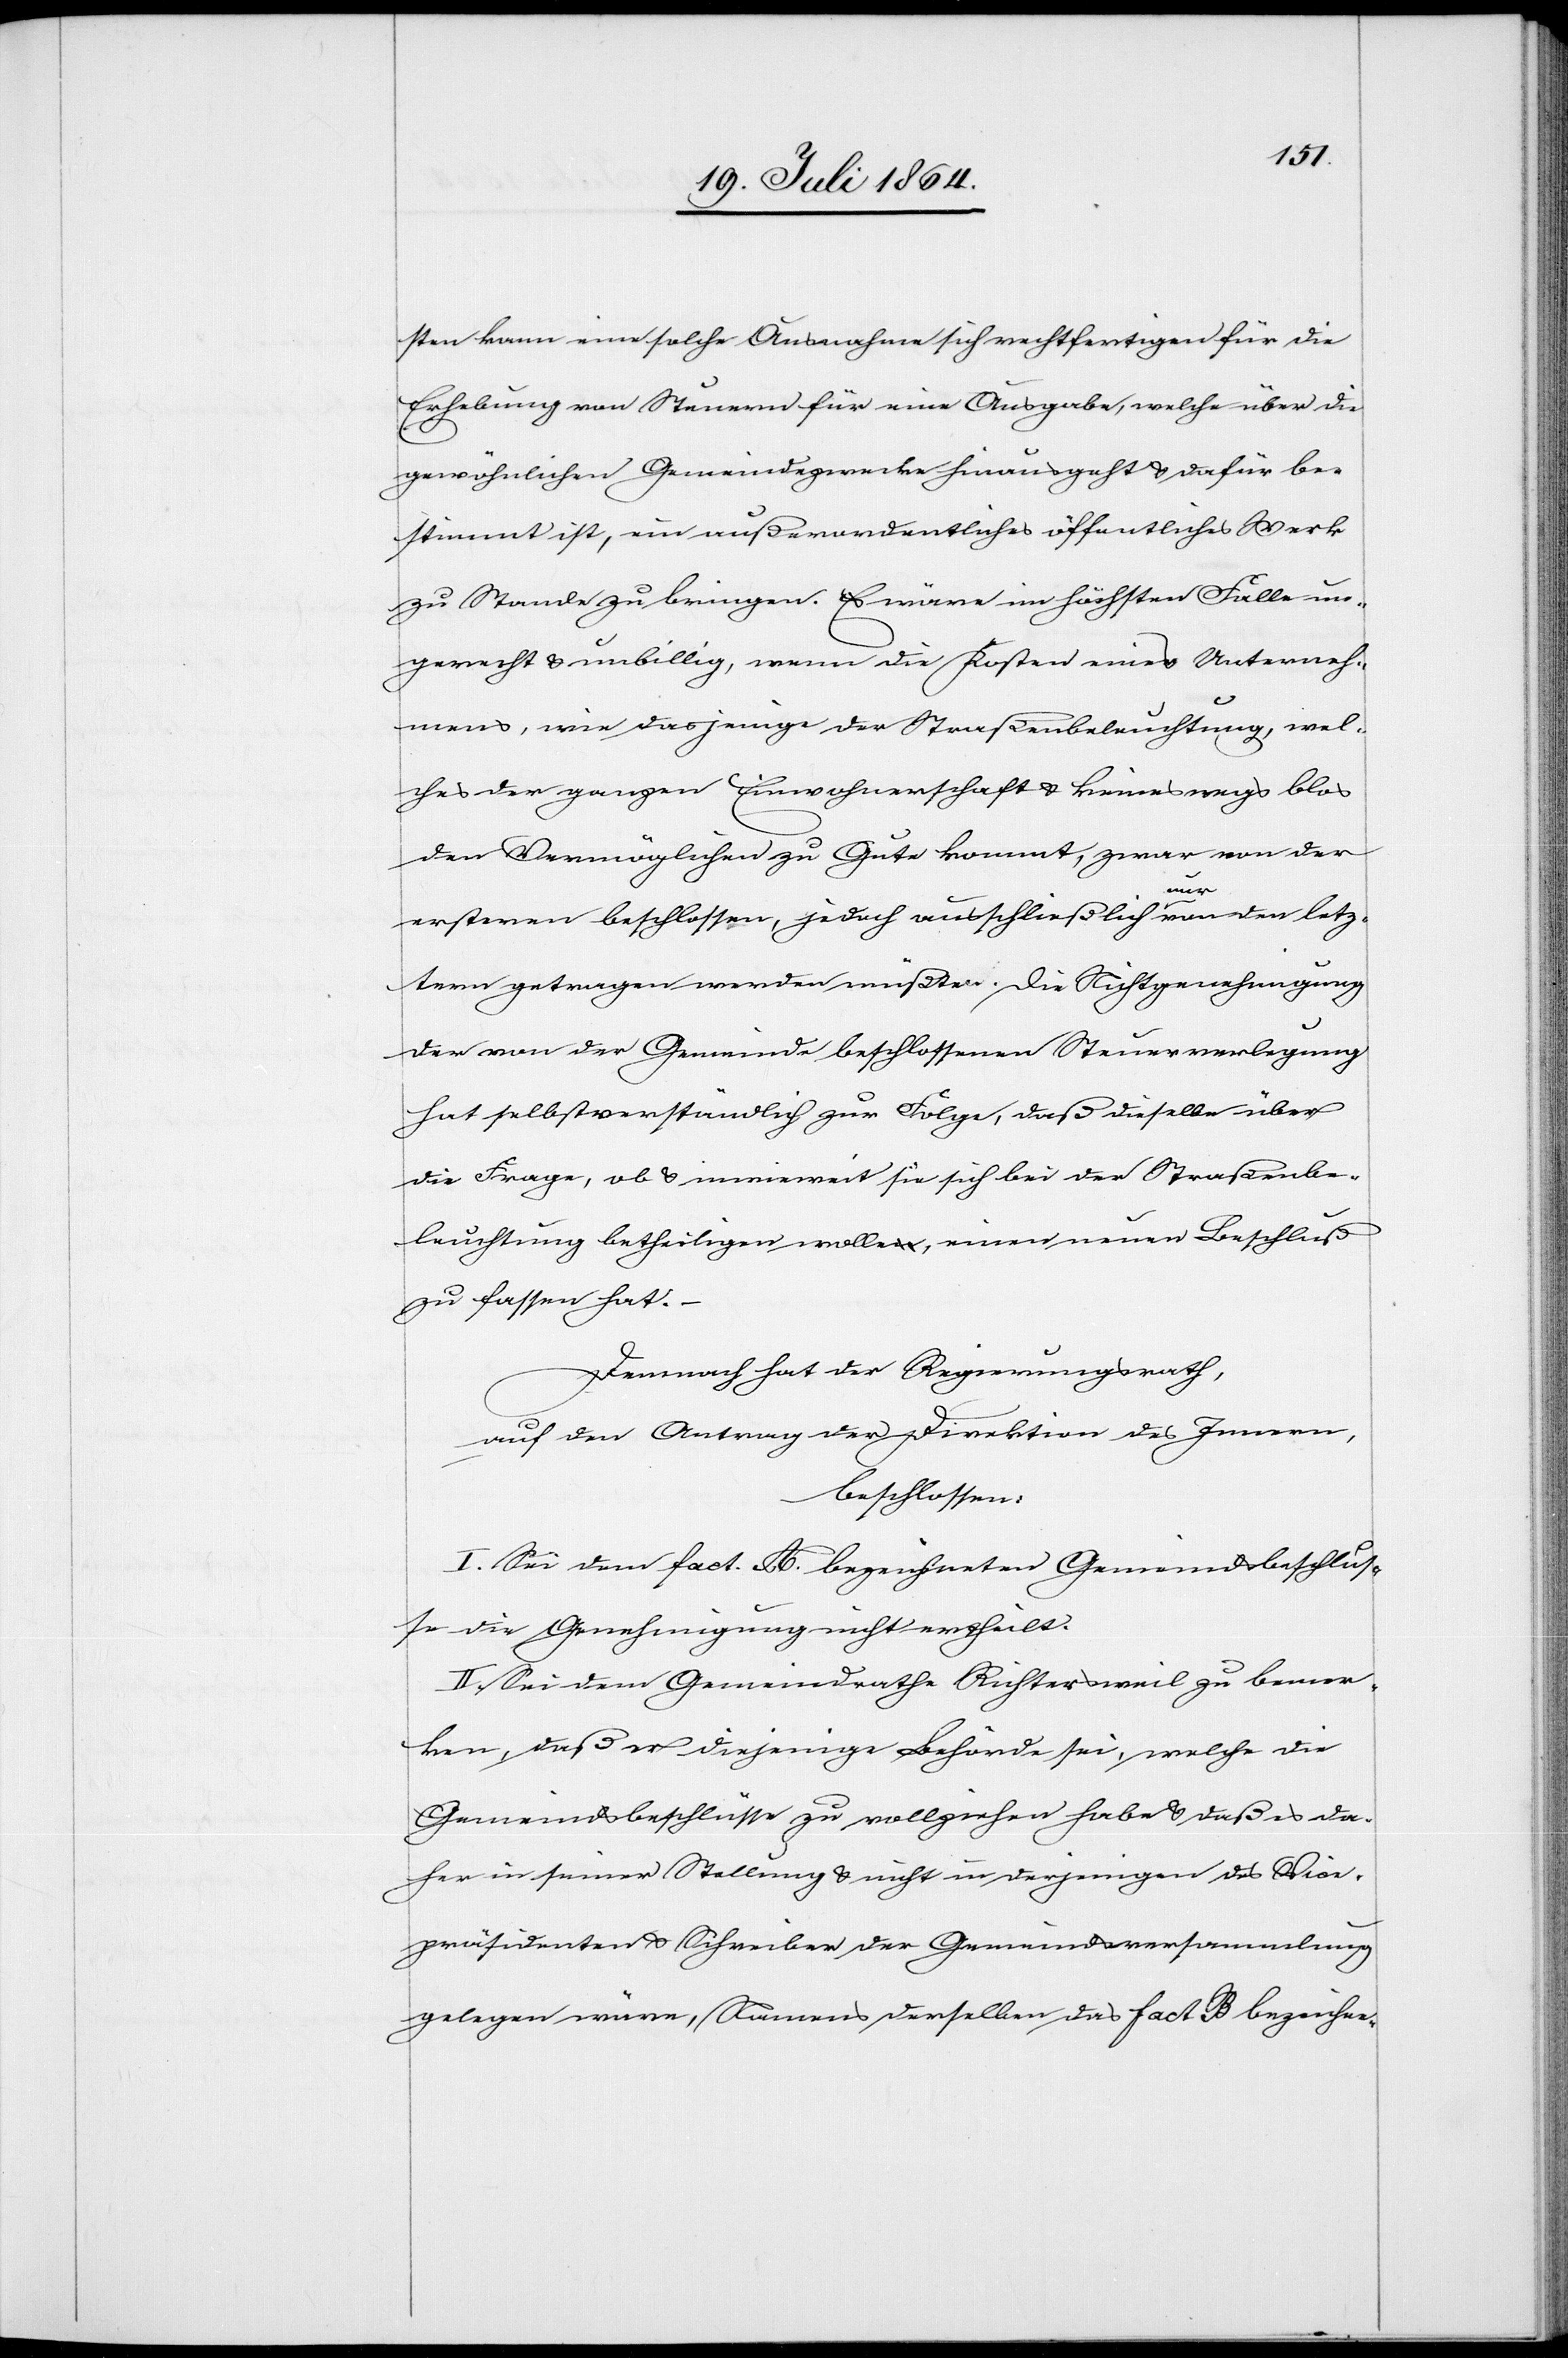
sten kann eine solche Ausnahme sich rechtfertigen für die
Erhebung von Steuern für eine Ausgabe, welche über die
gewöhnlichen Gemeindezwecke hinausgeht u. dafür be¬
stimmt ist, ein außerordentliches öffentliches Werk
zu Stande zu bringen. Es wäre im höchsten Falle un¬
gerecht u. unbillig, wenn die Kosten eines Unterneh¬
mens, wie dasjenige der Straßenbeleuchtung, wel¬
ches der ganzen Einwohnerschaft u. keineswegs blos
den Vermöglichen zu Gute kommt, zwar von der
erstern beschlossen, jedoch ausschließlich nur von der letz¬
tern getragen werden müßten. Die Nichtgenehmigung
der von der Gemeinde beschlossenen Steuerverlegung
hat selbstverständlich zur Folge, daß dieselbe über
die Frage, ob u. inwieweit sie sich bei der Straßenbe¬
leuchtung betheiligen wolle, einen neuen Beschluß
zu fassen hat.
Demnach hat der Regierungsrath,
auf den Antrag der Direktion des Innern,
beschlossen:
I. Sei dem fact. A. bezeichneten Gemeindsbeschlus¬
se die Genehmigung nicht ertheilt.
II. Sei dem Gemeindrathe Richtersweil zu bemer¬
ken, daß er diejenige Behörde sei, welche die
Gemeindsbeschlüsse zu vollziehen habe u. daß es da¬
her in seiner Stellung u. nicht in derjenigen des Vice¬
präsidenten u. Schreiber der Gemeindsversammlung
gelegen wäre, Namens derselben das fact B bezeichne-